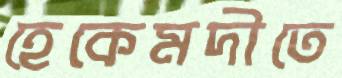
হেকেমদীতে